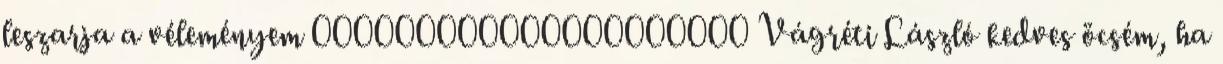
leszarja a véleményem 000000000000000000000 Vágréti László kedves öcsém, ha